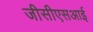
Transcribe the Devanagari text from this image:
जीसीएसआई